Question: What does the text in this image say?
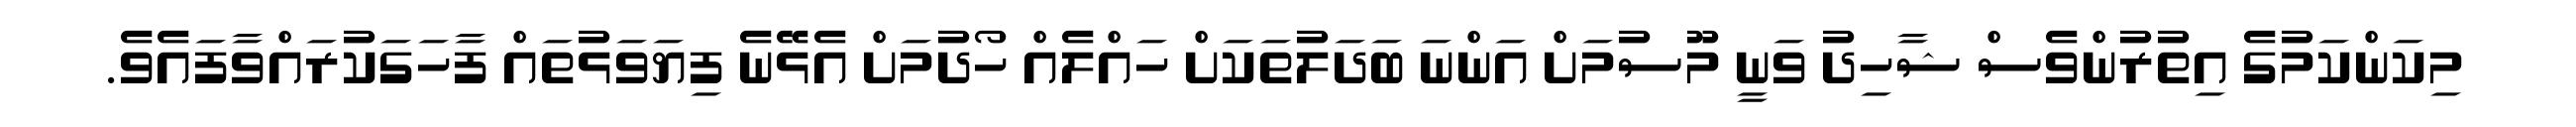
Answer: މިކަންކަމުގެ އިތުރުންވެސް ޝާހިދު ވަނީ މޫސުމަށް އަންނަ ބަދަލުތަކަށް ހައްލެއް ހޯދުމަށް އެޅޭނެ ފިޔަވަޅުތައް ފާހަގަކުރައްވާފައެވެ.